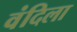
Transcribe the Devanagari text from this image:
वंदिला